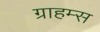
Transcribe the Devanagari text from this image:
ग्राहम्स